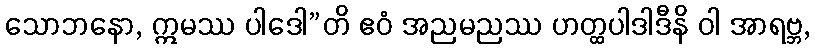
သောဘနော, ဣမဿ ပါဒေါ”တိ ဧဝံ အညမညဿ ဟတ္ထပါဒါဒီနိ ဝါ အာရဗ္ဘ,